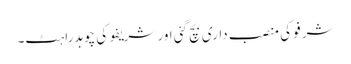
شرفو کی منصب داری بچ گئی اور شریفو کی چوہدراہٹ۔